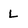
Character: L